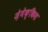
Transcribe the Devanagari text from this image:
ज़ेमेक्किस